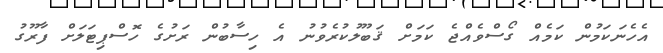
އެހެނަކަމުން ކަމެއް ގޯސްވެއްޖެ ކަމަށް ޤަބޫލުކުރެވުނު އެ ހިސާބުން ރަށުގެ ހޮސްޕިޓަލަށް ފާރޫގު